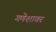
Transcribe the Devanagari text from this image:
गणेशावर